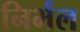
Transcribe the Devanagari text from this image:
निर्भल